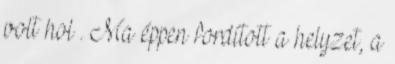
volt hol . Ma éppen fordított a helyzet, a